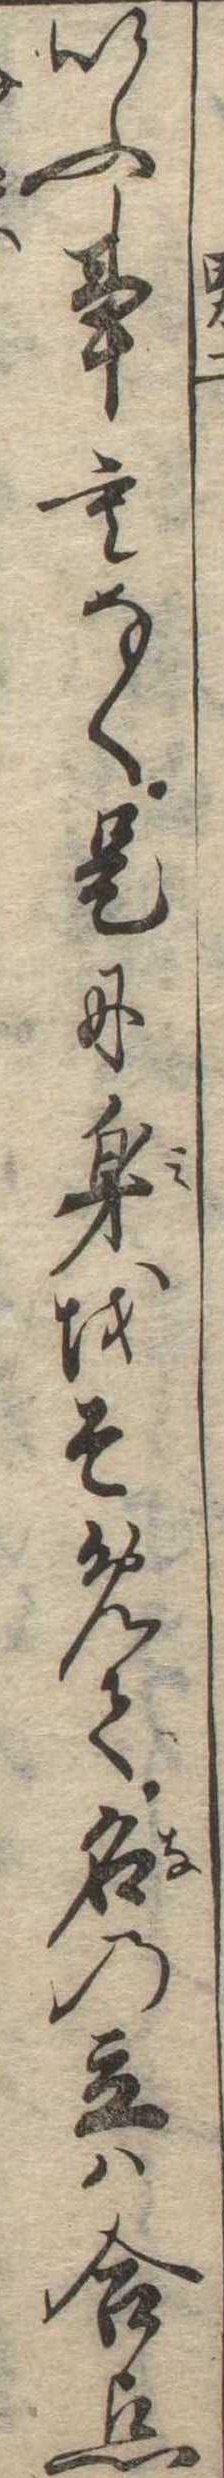
いふ事もなく是に身をそめて名の立は合点